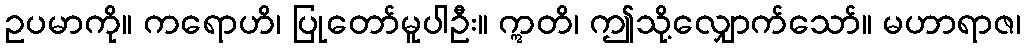
ဥပမာကို။ ကရောဟိ၊ ပြုတော်မူပါဦး။ ဣတိ၊ ဤသို့လျှောက်သော်။ မဟာရာဇ၊